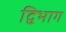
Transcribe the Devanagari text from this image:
द्विभाग